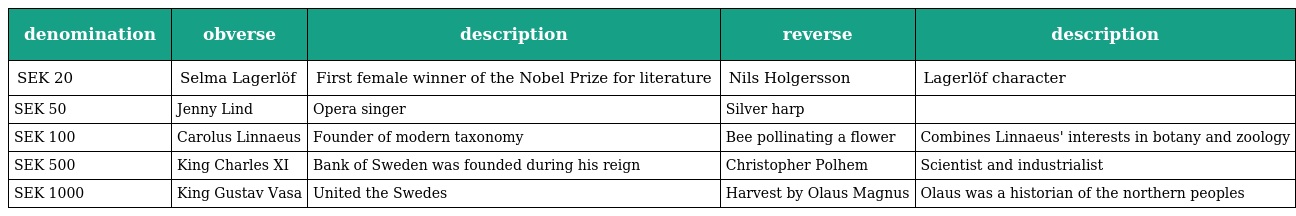
| denomination | obverse | description | reverse | description |
 | --- | --- | --- | --- | --- |
 | SEK 20 | Selma Lagerlöf | First female winner of the Nobel Prize for literature | Nils Holgersson | Lagerlöf character |
 | SEK 50 | Jenny Lind | Opera singer | Silver harp |  |
 | SEK 100 | Carolus Linnaeus | Founder of modern taxonomy | Bee pollinating a flower | Combines Linnaeus' interests in botany and zoology |
 | SEK 500 | King Charles XI | Bank of Sweden was founded during his reign | Christopher Polhem | Scientist and industrialist |
 | SEK 1000 | King Gustav Vasa | United the Swedes | Harvest by Olaus Magnus | Olaus was a historian of the northern peoples |